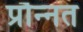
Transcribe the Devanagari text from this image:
प्रौन्‍नत